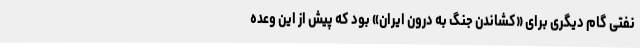
نفتی گام دیگری برای «کشاندن جنگ به درون ایران» بود که پیش از این وعده